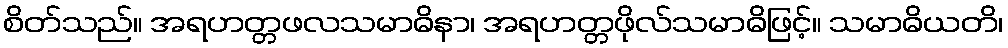
စိတ်သည်။ အရဟတ္တဖလသမာဓိနာ၊ အရဟတ္တဖိုလ်သမာဓိဖြင့်။ သမာဓိယတိ၊